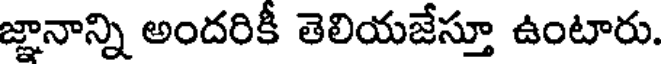
జ్ఞానాన్ని అందరికీ తెలియజేస్తూ ఉంటారు.